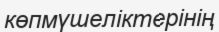
көпмүшеліктерінің